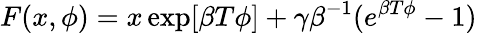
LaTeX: F(x,\phi)=x\exp[\beta T\phi]+\gamma\beta^{-1}(e^{\beta T\phi}-1)